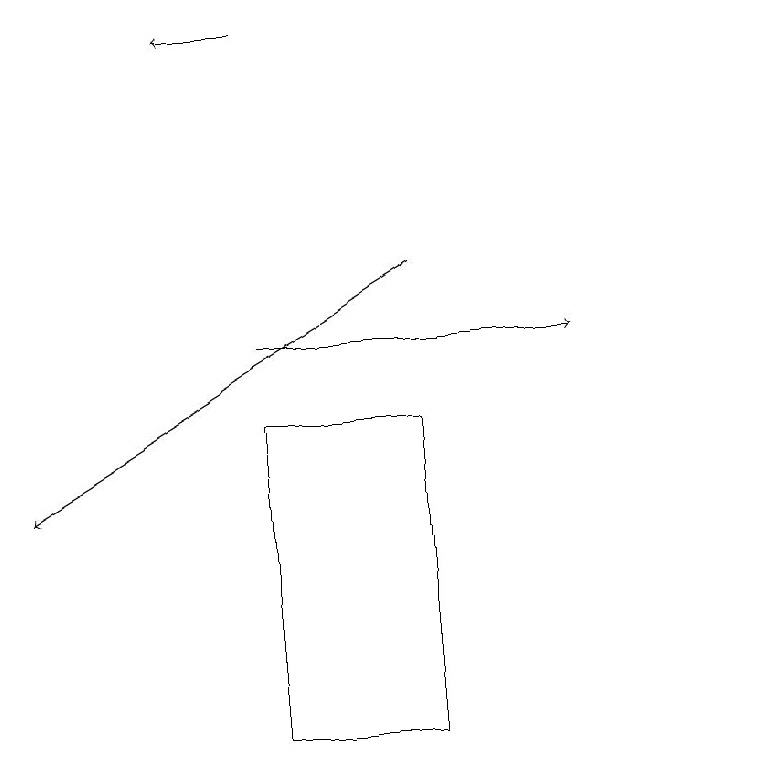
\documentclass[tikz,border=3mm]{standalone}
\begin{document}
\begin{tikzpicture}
\draw[->] (4,19) -- (3,19);
\draw (6,10) rectangle (4,14);
\draw[->] (4,15) -- (8,15);
\draw (10,10) circle (0);
\draw[->] (6,16) -- (1,13);
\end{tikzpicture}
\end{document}